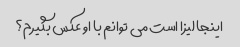
اینجا لیزا است می توانم با او عکس بگیرم؟